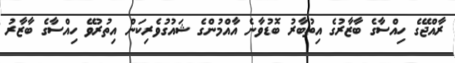
ރާއްޖޭގެ ހިއްސާގެ ބާޒާރުގެ އިތުބާރު ބޮޑުވާނެ އާއްމުންގެ ޝައުގުވެރިކަން އިތުރުވޭ ހިއްސާގެ ބާޒާރު